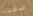
صعوبه